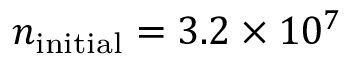
n _ { \mathrm { i n i t i a l } } = 3 . 2 \times 1 0 ^ { 7 }